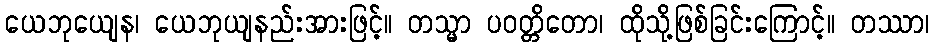
ယေဘုယျေန၊ ယေဘုယျနည်းအားဖြင့်။ တသ္မာ ပဝတ္တိတော၊ ထိုသို့ဖြစ်ခြင်းကြောင့်။ တဿာ၊